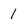
Character: 1